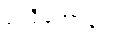
မလိုတော့ပေ။